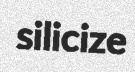
silicize